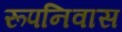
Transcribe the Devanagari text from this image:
रूपनिवास